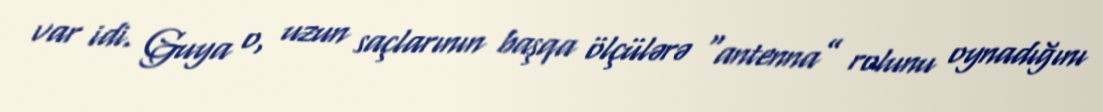
var idi. Guya o, uzun saçlarının başqa ölçülərə “antenna” rolunu oynadığını